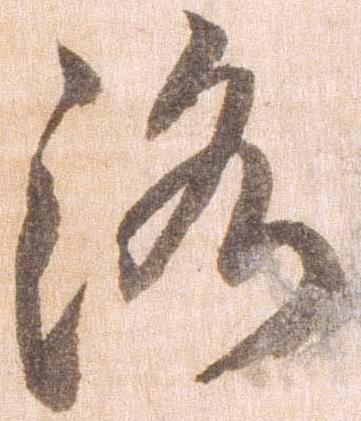
洛